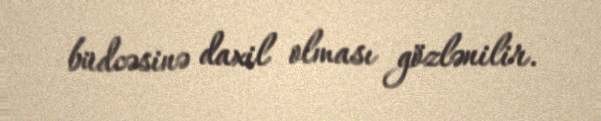
büdcəsinə daxil olması gözlənilir.